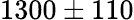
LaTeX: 1300\pm 110